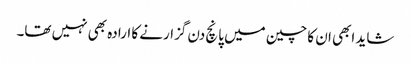
شاید ابھی ان کا چین میں پانچ دن گزارنے کا ارادہ بھی نہیں تھا۔